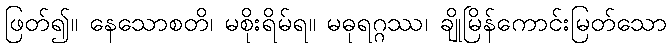
ဖြတ်၍။ နေသောစတိ၊ မစိုးရိမ်ရ။ မဓုရဂ္ဂဿ၊ ချိုမြိန်ကောင်းမြတ်သော